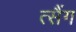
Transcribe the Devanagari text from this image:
त्सैंग